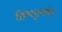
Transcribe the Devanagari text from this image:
हिमयुगीन